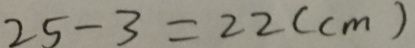
2 5 - 3 = 2 2 ( c m )